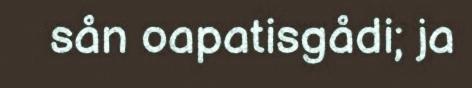
sån oapatisgådi; ja